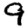
Digit: 9